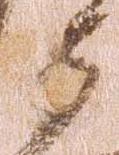
衛